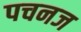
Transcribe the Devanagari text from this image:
पचनज